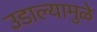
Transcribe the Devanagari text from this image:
उडाल्यामुळे